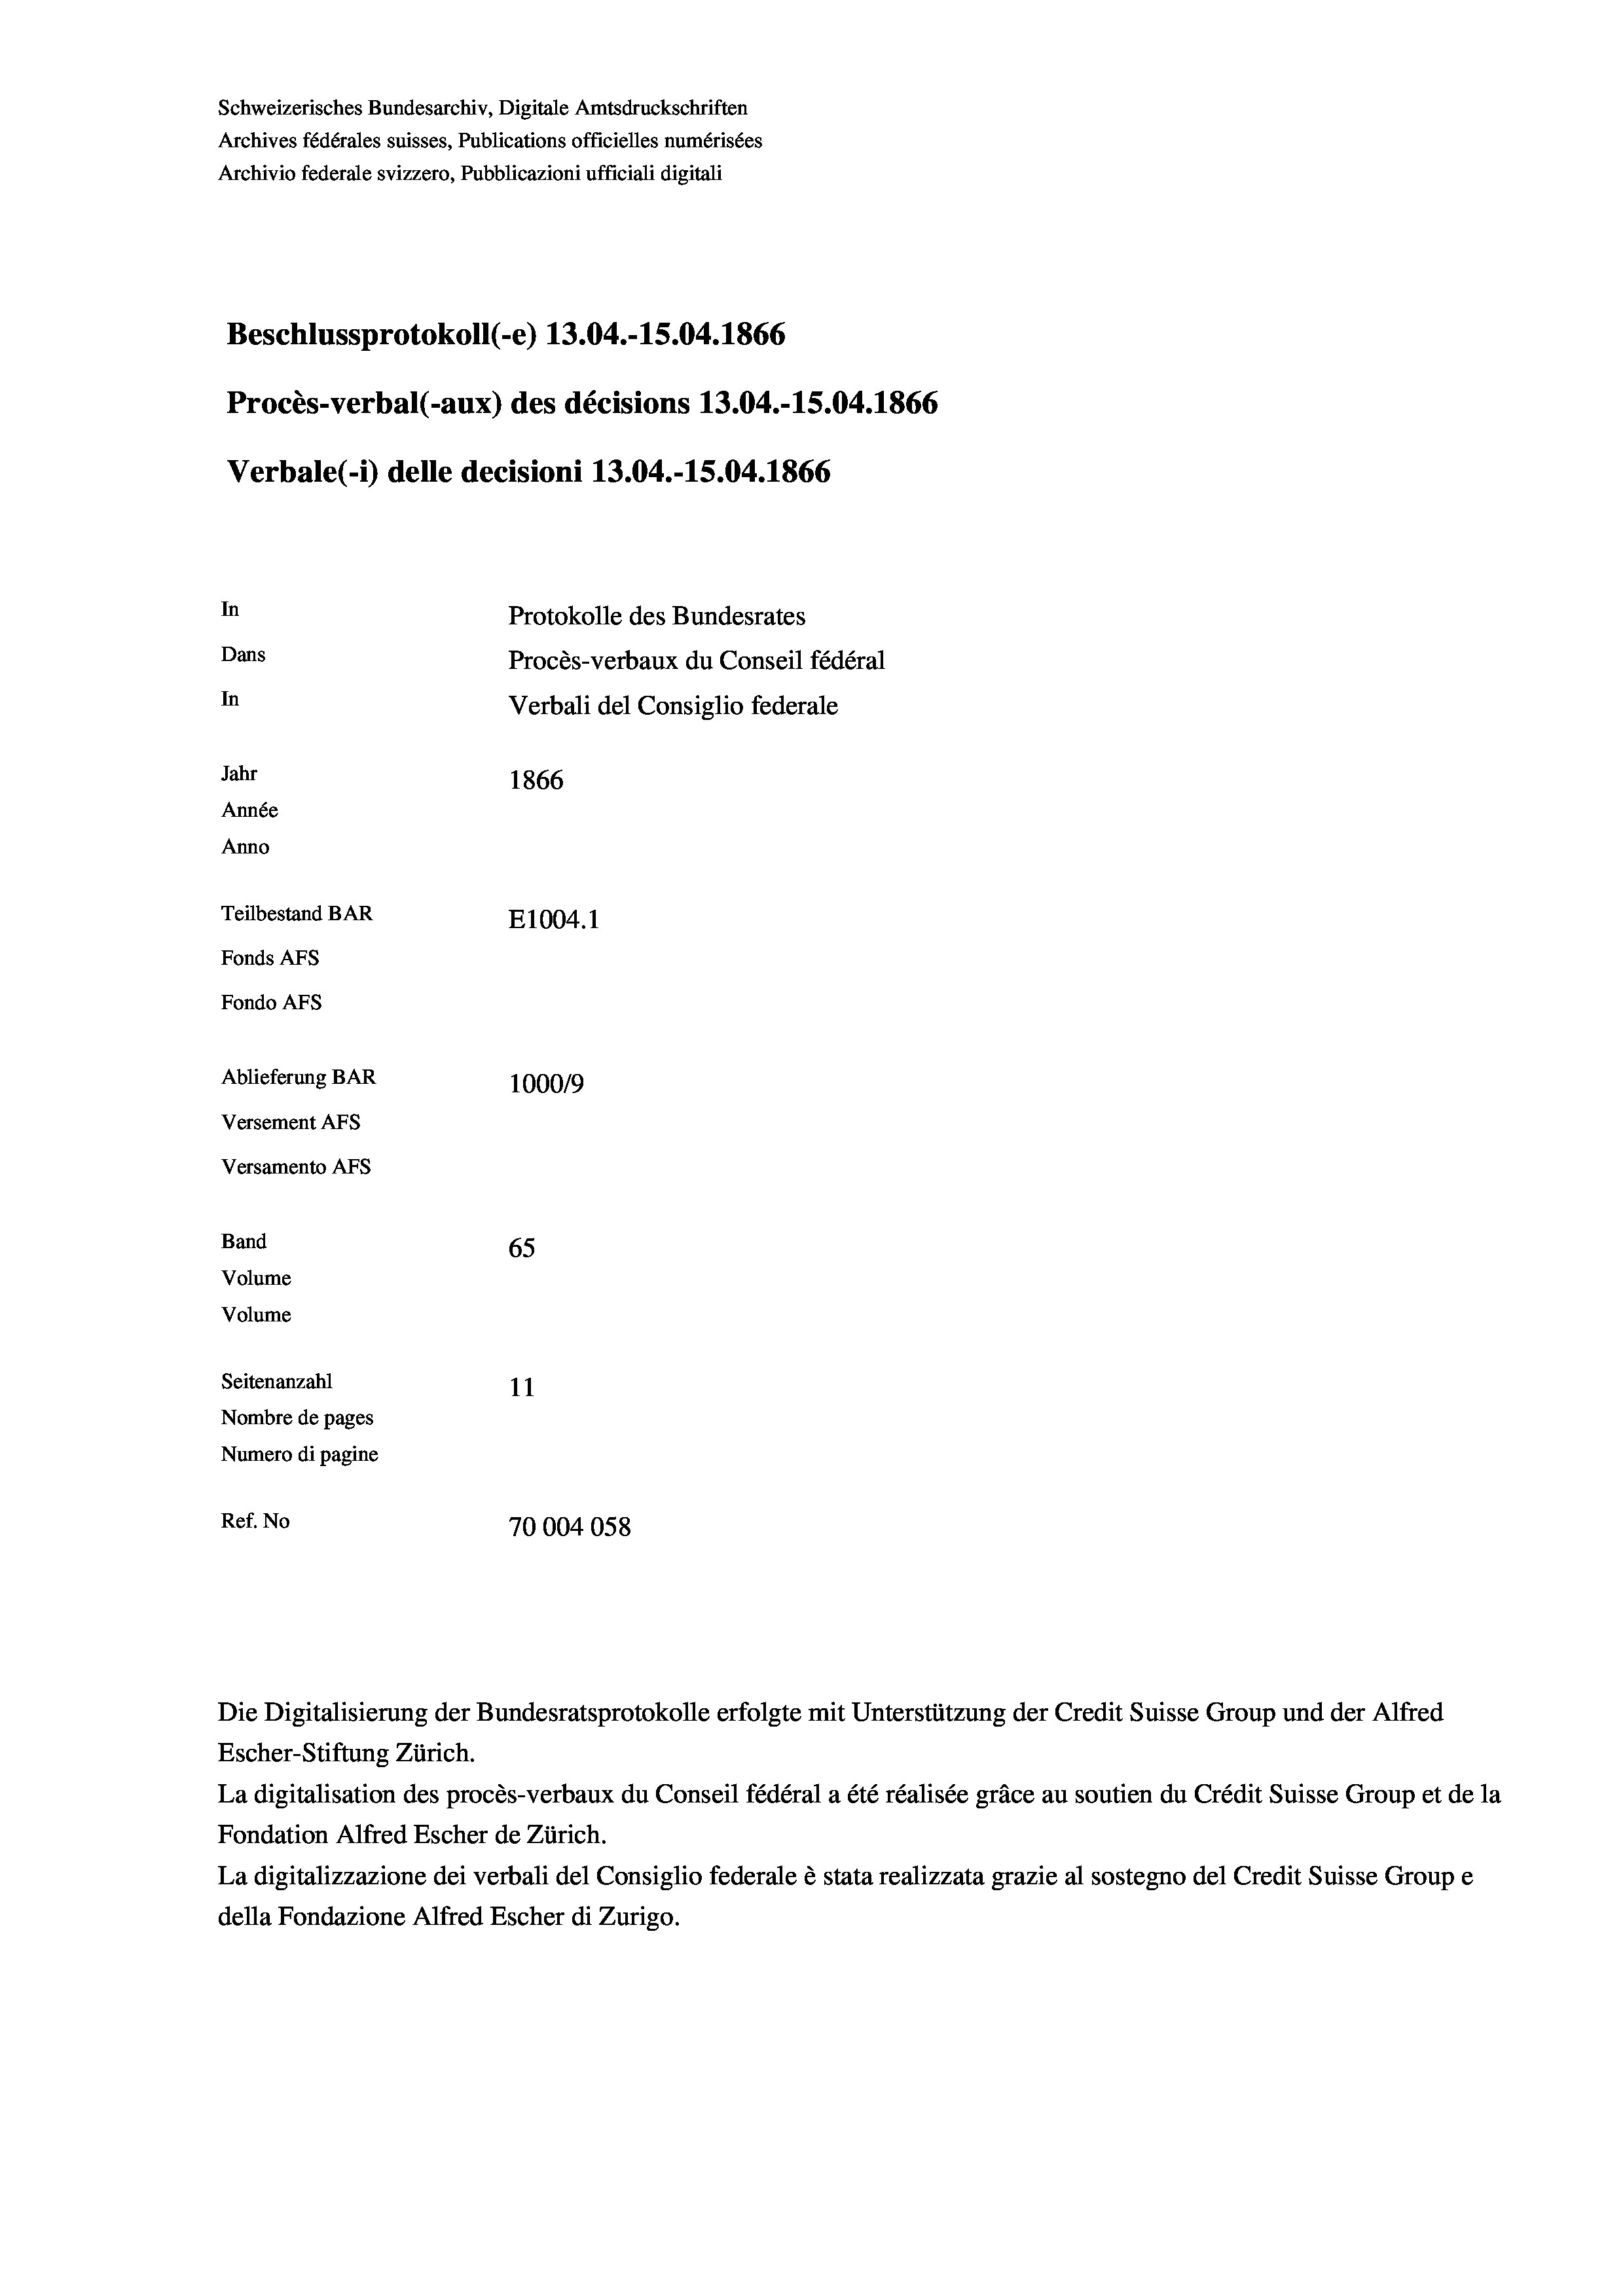
In
Protokolle des Bundesrates
Dans
Procès-verbaux du Conseil fédéral
In
Verbali del Consiglio federale
Jahr
1866
Année
Anno
Teilbestand BAR
E1004.1
Fonds AFs
Fondo Afs

Ablieferung BAR
Versement AFs
Versamento AFs
Band
Volume
Volume
Seitenanzahl

Schweizerisches Bundesarchiv, Digitale Amtsdruckschriften
Archives fédérales suisses, Publications officielles numérisées
Archivio federale svizzero, Pubblicazioni ufficiali digitali

Beschlussprotokoll (-e) 13.04.-15.04. 1866

Procès-verbal (-aux) des décisions 13.04.-15.04. 1866
Verbale(-*) delle decisioni 13.04.-15.04. 1866

100019
65
11
Nombre de pages
Numero di pagine
Ref. No
70004058

Escher-Stiftung Zürich.
La digitalisation des procès-verbaux du Conseil fédéral a été réalisée gräce au soutien du Crédit Suisse Group et de la
Fondation Alfred Escher de Zürich.
La digitalizzazione dei verbali del Consiglio federale è stata realizzata grazie al sostegno del Credit Suisse Groupe
della Fondazione Alfred Escher di Zurigo.

Die Digitalisierung der Bundesratsprotokolle erfolgte mit Unterstützung der Credit Suisse Group und der Alfred